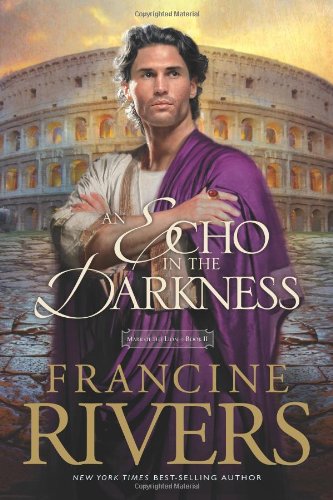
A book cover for An Echo in the Darkness (Mark of the Lion #2); Francine Rivers; Romance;